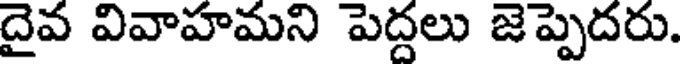
దైవ వివాహమని పెద్దలు జెప్పెదరు.